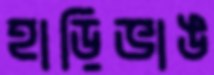
হাড়িভাঙ